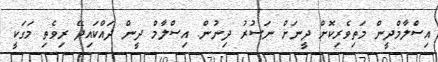
އިސްލާމްދީން މަތިވެރިކޮށް ދީނަަށް ނަސުރު ދިނުން. އިސްލާމް ދީން ދައްކައިދޭ ރިވެތި މަގަކީ